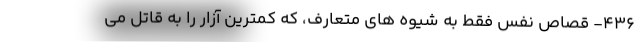
۴۳۶- قصاص نفس فقط به شیوه های متعارف، که کمترین آزار را به قاتل می